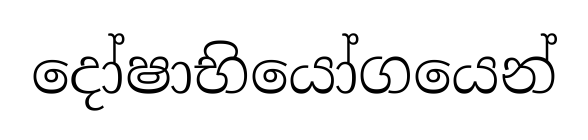
දෝෂාභියෝගයෙන්